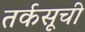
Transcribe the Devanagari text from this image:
तर्कसूची